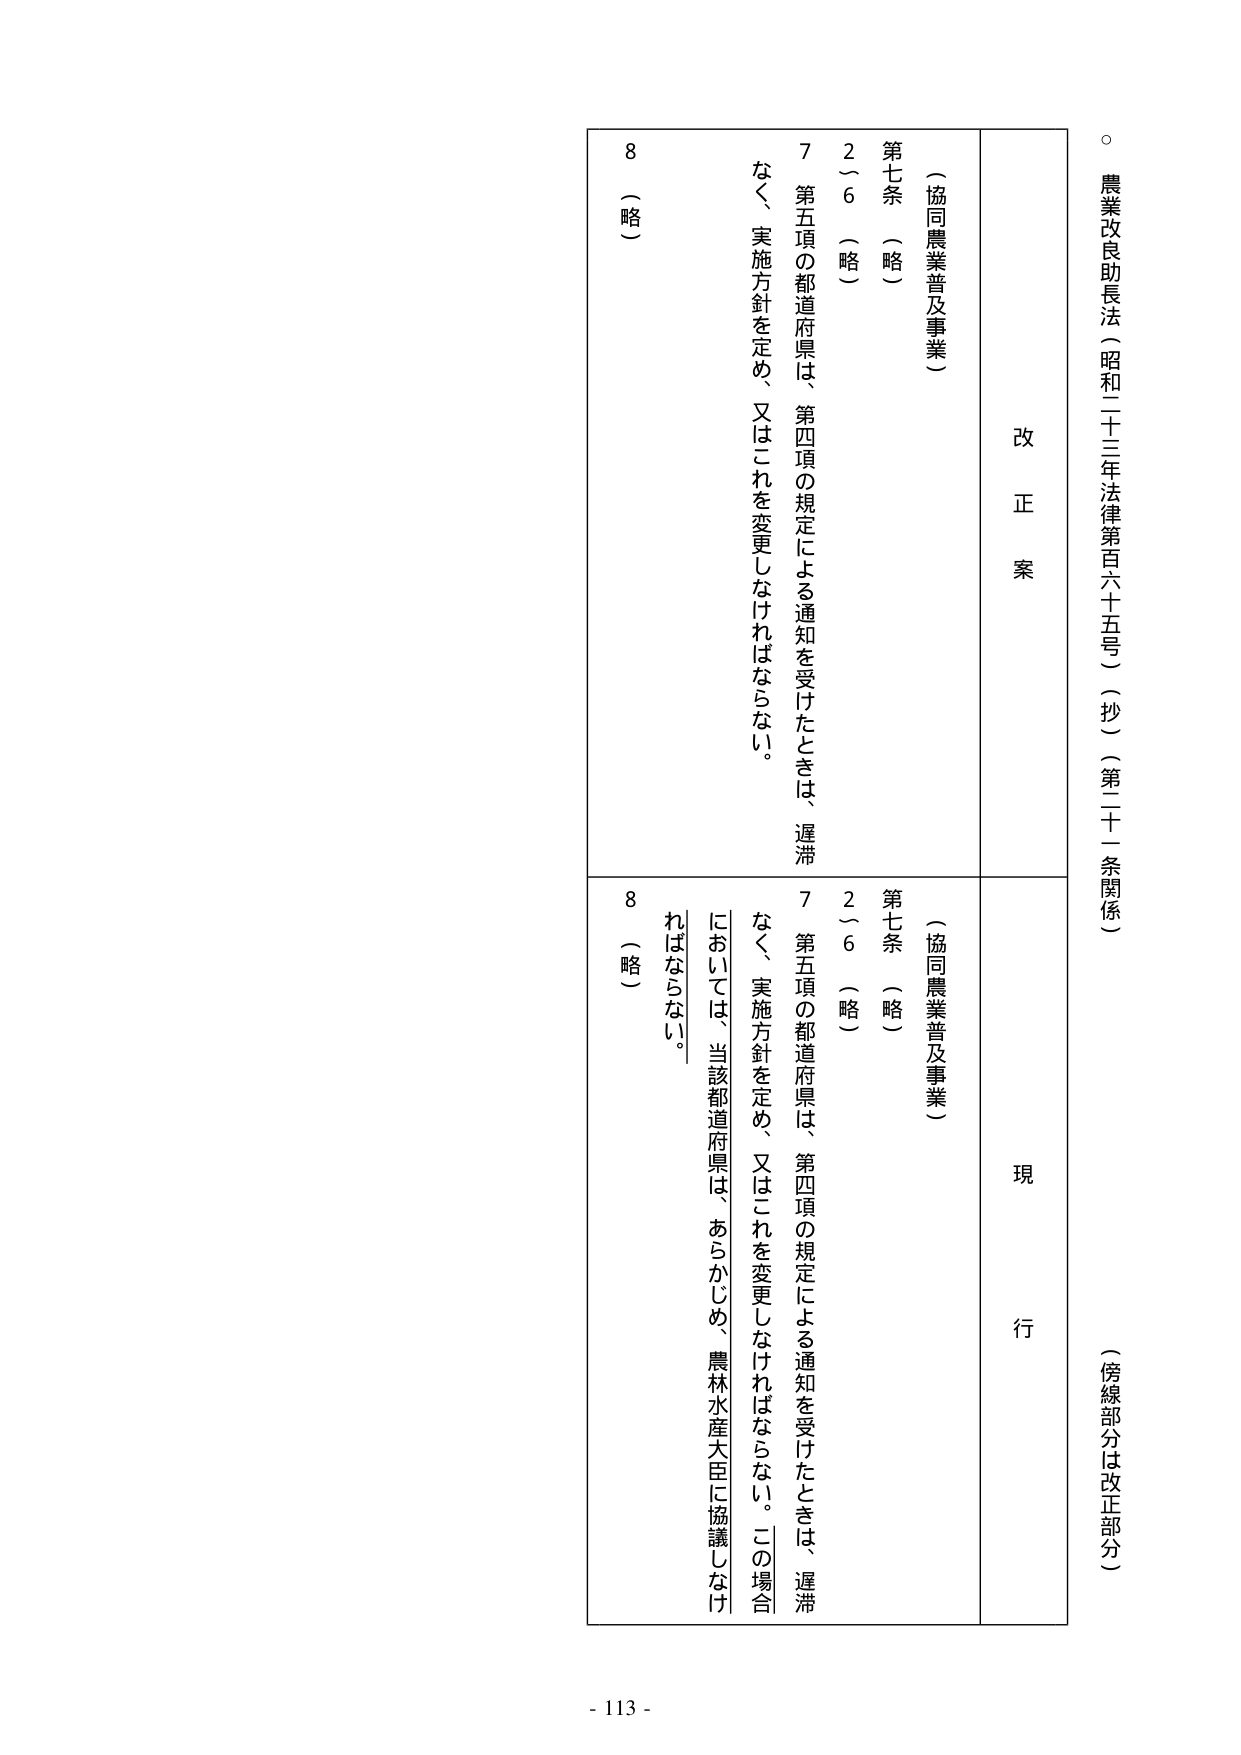
○ 農業改良助長法（昭和二十三年法律第百六十五号）（抄）（第二十一条関係）

（傍線部分は改正部分）

改正案

（協同農業普及事業）

第七条 （略）

２～６ （略）

７ 第五項の都道府県は、第四項の規定による通知を受けたときは、遅滞なく、実施方針を定め、又はこれを変更しなければならない。

８ （略）

現行

（協同農業普及事業）

第七条 （略）

２～６ （略）

７ 第五項の都道府県は、第四項の規定による通知を受けたときは、遅滞なく、実施方針を定め、又はこれを変更しなければならない。この場合においては、当該都道府県は、あらかじめ、農林水産大臣に協議しなければならない。

８ （略）

- 113 -